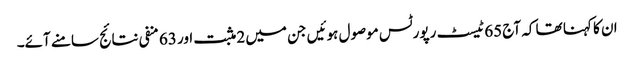
ان کا کہنا تھا کہ آج 65 ٹیسٹ رپورٹس موصول ہوئیں جن میں 2 مثبت اور 63 منفی نتائج سامنے آئے۔